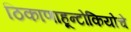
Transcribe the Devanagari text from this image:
ठिकाणाहून्टोकियोचे